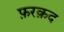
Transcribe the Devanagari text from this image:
फ़रक़द